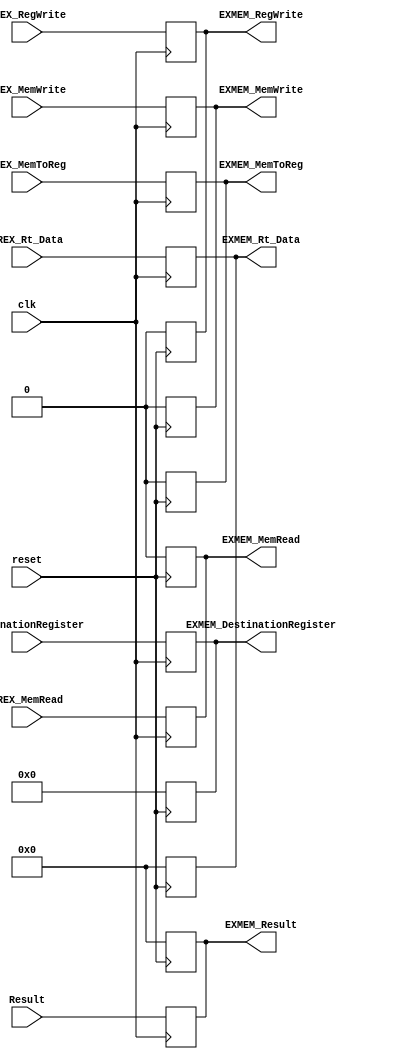
`timescale 1ns / 1ps

module EXMEM(
    input clk,
    input reset,
    input [31:0] Result,
    input [31:0] RREX_Rt_Data,
    input RREX_MemRead,
    input RREX_MemWrite,
    input RREX_MemToReg,
    input RREX_RegWrite,
    input [4:0] DestinationRegister,
    output reg [4:0] EXMEM_DestinationRegister,
    output reg [31:0] EXMEM_Result,
    output reg [31:0] EXMEM_Rt_Data,
    output reg EXMEM_MemRead,
    output reg EXMEM_MemWrite,
    output reg EXMEM_MemToReg,
    output reg EXMEM_RegWrite
);

always@(negedge reset)
begin
    EXMEM_Result <= 0;
    EXMEM_Rt_Data <= 0;
    EXMEM_MemRead <= 0;
    EXMEM_MemWrite <= 0;
    EXMEM_MemToReg <= 0;
    EXMEM_RegWrite <= 0;
    EXMEM_DestinationRegister <= 0;
end

always@(posedge clk)
begin
    EXMEM_Result <= Result;
    EXMEM_Rt_Data <= RREX_Rt_Data;
    EXMEM_MemRead <= RREX_MemRead;
    EXMEM_MemWrite <= RREX_MemWrite;
    EXMEM_MemToReg <= RREX_MemToReg;
    EXMEM_RegWrite <= RREX_RegWrite;
    EXMEM_DestinationRegister <= DestinationRegister;
end

endmodule